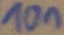
Text: 10n